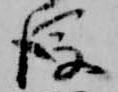
後